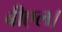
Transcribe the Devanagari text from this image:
बीएल।